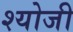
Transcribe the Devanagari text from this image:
श्योजी